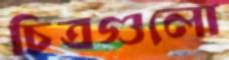
চিত্রগুলো